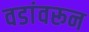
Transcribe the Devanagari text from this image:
वडांवरून